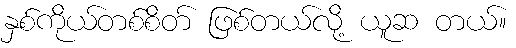
နှစ်ကိုယ်တစ်စိတ် ဖြစ်တယ်လို့ ယူဆ တယ်။